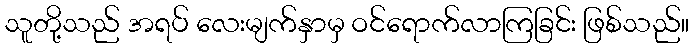
သူတို့သည် အရပ် လေးမျက်နှာမှ ဝင်ရောက်လာကြခြင်း ဖြစ်သည်။